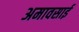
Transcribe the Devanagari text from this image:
अमावसाई